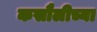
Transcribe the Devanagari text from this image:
कसौलीच्या